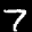
Label: 7